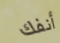
أنفك